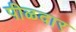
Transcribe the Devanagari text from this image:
पीळदार